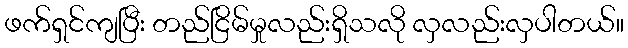
ဖက်ရှင်ကျပြီး တည်ငြိမ်မှုလည်းရှိသလို လှလည်းလှပါတယ်။